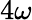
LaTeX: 4\omega